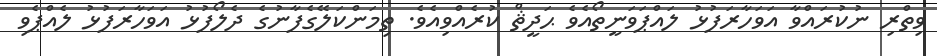
ވިތްރި ނުކުރައްވާ އަވަހާރަފުޅު ލައްޕަވަނީތޯއެވެ ޙަދީޘް ކުރެއްވިއެވެ. ތިމަންކަލޭގެފާނުގެ ދެލޯފުޅު އަވަހާރަފުޅު ލެއްޕެވި